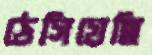
ঠেসিয়েছি